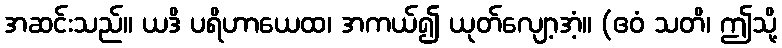
အဆင်းသည်။ ယဒိ ပရိဟာယေထ၊ အကယ်၍ ယုတ်လျော့အံ့။ (ဧဝံ သတိ၊ ဤသို့